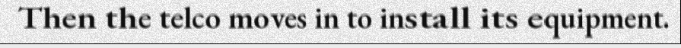
Then the telco moves in to install its equipment.